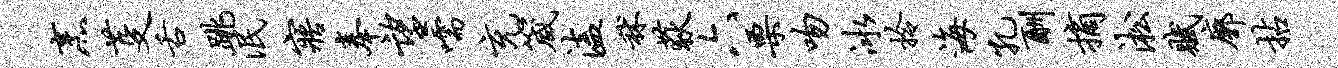
烹芟舌跳泯寤奉望嚅充箴溘秫荻六栗吻冰拎海孔酬摘淞赋廓拈